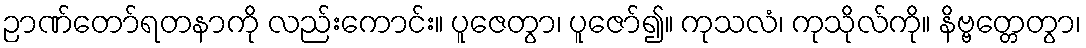
ဉာဏ်တော်ရတနာကို လည်းကောင်း။ ပူဇေတွာ၊ ပူဇော်၍။ ကုသလံ၊ ကုသိုလ်ကို။ နိဗ္ဗတ္တေတွာ၊